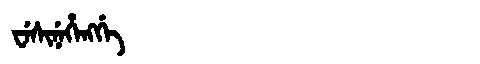
Manchu: ᠸᡝᠰᡳᠨᡝᡥᡝᠩᡤᡝ
Romanization: WESINEHENGGE